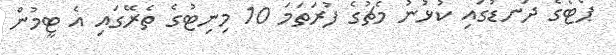
ޕޯޓޯގެ ދަނޑުގައި ކުޅުނު މެޗުގެ ފުރަތަމަ 10 މިނިޓުގެ ތެރޭގައި އެ ޓީމުން